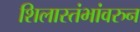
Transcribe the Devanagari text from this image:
शिलास्तंभांवरुन